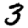
Digit: 3